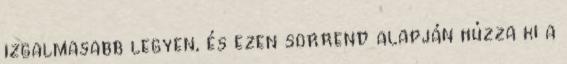
izgalmasabb legyen, és ezen sorrend alapján húzza ki a